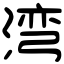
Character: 湾